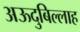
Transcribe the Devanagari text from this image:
अऊदुबिल्लाह